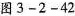
图3-2-42